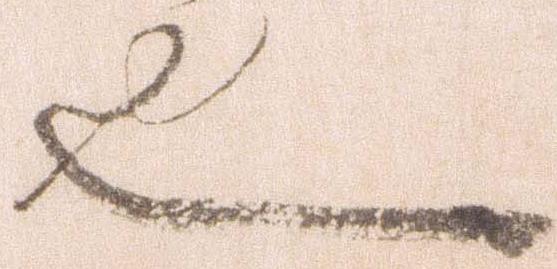
也